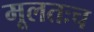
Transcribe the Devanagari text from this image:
मूलतःच